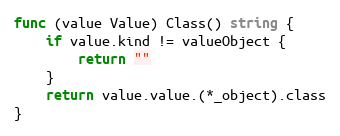
Language: Go
func (value Value) Class() string {
	if value.kind != valueObject {
		return ""
	}
	return value.value.(*_object).class
}